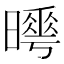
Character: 𣋌